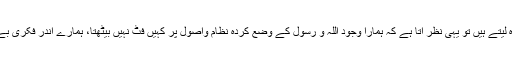
آج جب ہم اپنے گردوپیش کاجائزہ لیتے ہیں تو یہی نظر آتا ہے کہ ہمارا وجود اللہ و رسول کے وضع کردہ نظام واصول پر کہیں فٹ نہیں بیٹھتا، ہمارے اندر فکری بے راہ روی جڑپکڑتی جارہی ہے۔